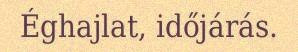
Éghajlat, időjárás.